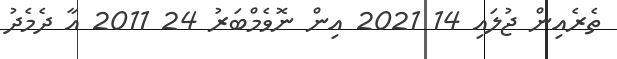
ތެރެއިން ޖުލައި 14 2021 އިން ނޮވެމްބަރު 24 2011 އާ ދެމެދު